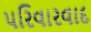
પરિવારવાદ